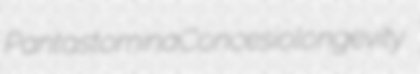
Pantastomina Concesio longevity